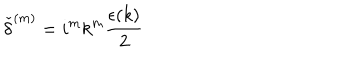
{ \check { \delta } } ^ { ( m ) } = i ^ { m } k ^ { m } \frac { \epsilon ( k ) } { 2 }